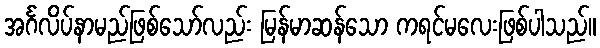
အင်္ဂလိပ်နာမည်ဖြစ်သော်လည်း မြန်မာဆန်သော ကရင်မလေးဖြစ်ပါသည်။